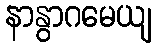
နာနွာဂမေယျ